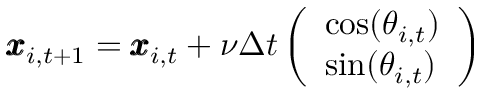
\pmb { x } _ { i , t + 1 } = \pmb { x } _ { i , t } + \nu \Delta t \left( \begin{array} { l } { \cos ( \theta _ { i , t } ) } \\ { \sin ( \theta _ { i , t } ) } \end{array} \right)